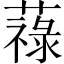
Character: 𦽎